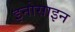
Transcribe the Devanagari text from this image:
इनोसाइन